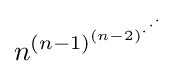
n^{(n-1)^{(n-2)^{\cdot ^{\cdot ^{\cdot }}}}}